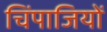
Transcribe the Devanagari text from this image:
चिंपाजियों